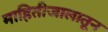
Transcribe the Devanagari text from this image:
माहितीजालातून